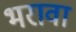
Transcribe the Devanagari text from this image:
भरावा